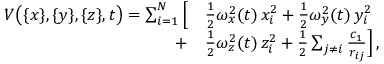
\begin{array} { r l } { V \big ( \{ x \} , \{ y \} , \{ z \} , t \big ) = \sum _ { i = 1 } ^ { N } \Big [ } & { { \textstyle \frac { 1 } { 2 } } \omega _ { x } ^ { 2 } ( t ) \, x _ { i } ^ { 2 } + { \textstyle \frac { 1 } { 2 } } \omega _ { y } ^ { 2 } ( t ) \, y _ { i } ^ { 2 } } \\ { + } & { { \textstyle \frac { 1 } { 2 } } \omega _ { z } ^ { 2 } ( t ) \, z _ { i } ^ { 2 } + { \textstyle \frac { 1 } { 2 } } \sum _ { j \ne i } \frac { c _ { 1 } } { r _ { i j } } \Big ] \, , } \end{array}